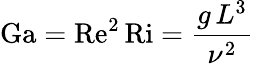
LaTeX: \mathrm{Ga}=\mathrm{Re}^{2}\, \mathrm{Ri}={\frac{g\, L^{3}}{\nu^{2}}}